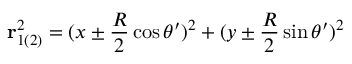
\mathbf { r } _ { 1 ( 2 ) } ^ { 2 } = ( x \pm \frac { R } { 2 } \cos \theta ^ { \prime } ) ^ { 2 } + ( y \pm \frac { R } { 2 } \sin \theta ^ { \prime } ) ^ { 2 }